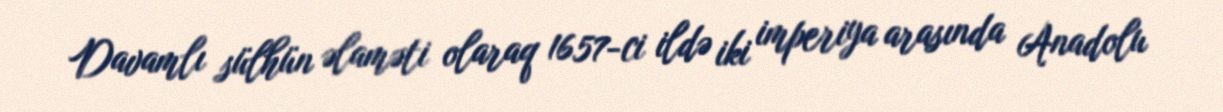
Davamlı sülhün əlaməti olaraq 1657-ci ildə iki imperiya arasında Anadolu